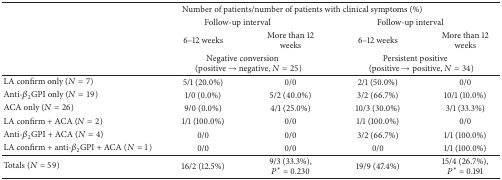
<table><thead><tr><td rowspan="3"><b> </b></td><td colspan="4"><b>Number of patients/number of patients with clinical symptoms (%)</b></td></tr><tr><td colspan="2"><b>Follow-up interval</b></td><td colspan="2"><b>Follow-up interval</b></td></tr><tr><td><b>6–12 weeks</b></td><td><b>More than 12 weeks</b></td><td><b>6–12 weeks</b></td><td><b>More than 12 weeks</b></td></tr><tr><td><b> </b></td><td colspan="2"><b> Negative conversion(positive → negative, <i>N</i> = 25)</b></td><td colspan="2"><b> Persistent positive(positive → positive, <i>N</i> = 34)</b></td></tr></thead><tbody><tr><td>LA confirm only (<i>N</i> = 7)</td><td>5/1 (20.0%)</td><td>0/0</td><td>2/1 (50.0%)</td><td>0/0 </td></tr><tr><td>Anti-<i>β</i><sub>2</sub>GPI only (<i>N</i> = 19)</td><td>1/0 (0.0%)</td><td>5/2 (40.0%)</td><td>3/2 (66.7%)</td><td>10/1 (10.0%)</td></tr><tr><td>ACA only (<i>N</i> = 26)</td><td>9/0 (0.0%)</td><td>4/1 (25.0%)</td><td>10/3 (30.0%)</td><td>3/1 (33.3%)</td></tr><tr><td>LA confirm + ACA (<i>N</i> = 2)</td><td>1/1 (100.0%)</td><td>0/0</td><td>1/1 (100.0%)</td><td>0/0</td></tr><tr><td>Anti-<i>β</i><sub>2</sub>GPI + ACA (<i>N</i> = 4)</td><td>0/0</td><td>0/0</td><td>3/2 (66.7%)</td><td>1/1 (100.0%)</td></tr><tr><td>LA confirm + anti-<i>β</i><sub>2</sub>GPI + ACA (<i>N</i> = 1)</td><td>0/0</td><td>0/0</td><td>0/0</td><td>1/1 (100.0%)</td></tr><tr><td>Totals (<i>N</i> = 59)</td><td>16/2 (12.5%)</td><td>9/3 (33.3%), <i>P</i><sup><i>∗</i></sup> = 0.230</td><td>19/9 (47.4%)</td><td>15/4 (26.7%), <i>P</i><sup><i>∗</i></sup> = 0.191</td></tr></tbody></table>